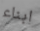
ابناء